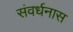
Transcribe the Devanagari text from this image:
संवर्धनास